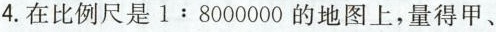
4.在比例尺是1:8000000的地图上，量得甲、